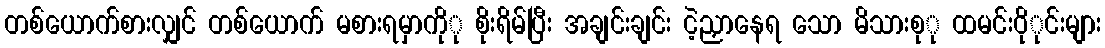
တစ်ယောက်စားလျှင် တစ်ယောက် မစားရမှာကိုု စိုးရိမ်ပြီး အချင်းချင်း ငဲ့ညှာနေရ သော မိသားစုု ထမင်းဝိုုင်းများ